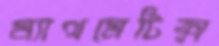
ম্যাথমেটিক্স